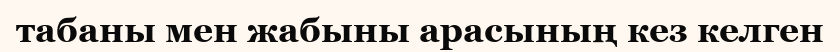
табаны мен жабыны арасының кез келген